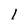
Character: 1